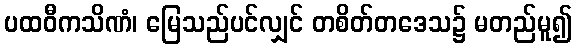
ပထဝီကသိဏံ၊ မြေသည်ပင်လျှင် တစိတ်တဒေသ၌ မတည်မူ၍